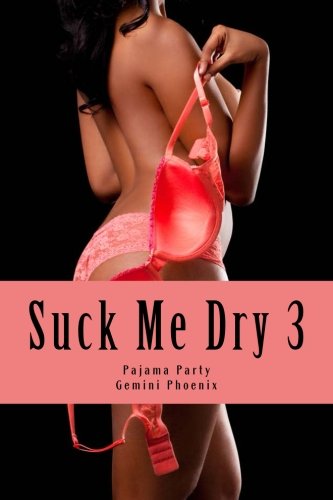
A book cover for Suck Me Dry 3: Pajama Party (Erotic Flash Fiction) (Volume 3); Gemini Phoenix; Romance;